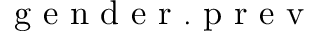
\mathrm { ~ g ~ e ~ n ~ d ~ e ~ r ~ . ~ p ~ r ~ e ~ v ~ }